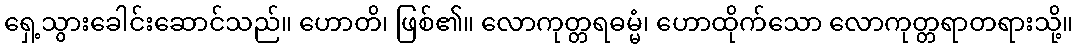
ရှေ့သွားခေါင်းဆောင်သည်။ ဟောတိ၊ ဖြစ်၏။ လောကုတ္တရဓမ္မံ၊ ဟောထိုက်သော လောကုတ္တရာတရားသို့။